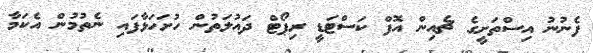
ފެނުނު އިސްތަށީގެ ޗެއިން އޮފް ކަސްޓަޑީ ރިޕޯޓް ދައުލަތުން ހުށަހަޅާފައި ނެތުމުން އެކަމާ